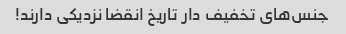
جنس‌های تخفیف دار تاریخ انقضا نزدیکی دارند!